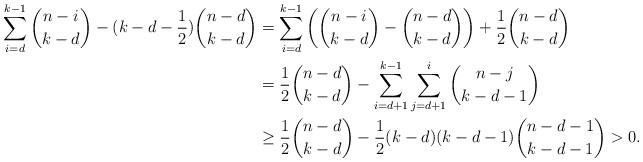
LaTeX: \begin{align*}\sum_{i=d}^{k-1}\binom{n-i}{k-d}-(k-d-\frac{1}{2})\binom{n-d}{k-d}&=\sum_{i=d}^{k-1}\left(\binom{n-i}{k-d}-\binom{n-d}{k-d}\right)+\frac{1}{2}\binom{n-d}{k-d}\\&=\frac{1}{2}\binom{n-d}{k-d}-\sum_{i=d+1}^{k-1}\sum_{j=d+1}^{i}\binom{n-j}{k-d-1}\\&\geq \frac{1}{2}\binom{n-d}{k-d}-\frac{1}{2}(k-d)(k-d-1)\binom{n-d-1}{k-d-1}>0.\end{align*}